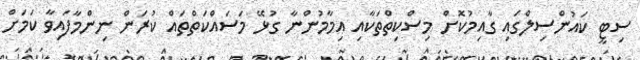
ސިޓީ ކައުންސިލްގައި ގާއިމުކޮށް މިސްކިތްތަކާއި އިމާމުންނާ ގުޅޭ މަސައްކަތްތައް ކުރަން ނިންމާފައިވާ ކަމަށް